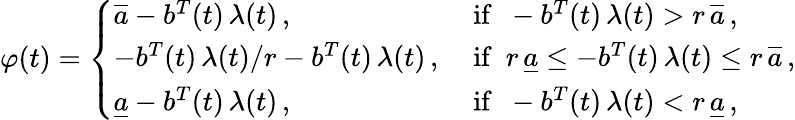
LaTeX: \varphi(t)=\left\{ \begin{array}{ll}{\overline{{a}}-b^{T}(t)\, \lambda(t)\, ,}&{\mathrm{~if\ \ }-b^{T}(t)\, \lambda(t)>r\, \overline{{a}}\, ,}\\ {-b^{T}(t)\, \lambda(t)/r-b^{T}(t)\, \lambda(t)\, ,}&{\mathrm{~if\ \ }r\, \underline{{a}}\le-b^{T}(t)\, \lambda(t)\le r\, \overline{{a}}\, ,}\\ {\underline{{a}}-b^{T}(t)\, \lambda(t)\, ,}&{\mathrm{~if\ \ }-b^{T}(t)\, \lambda(t)<r\, \underline{{a}}\, ,}\end{array}\right.